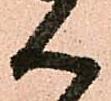
ん